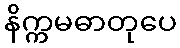
နိက္ကမဓာတုပေ